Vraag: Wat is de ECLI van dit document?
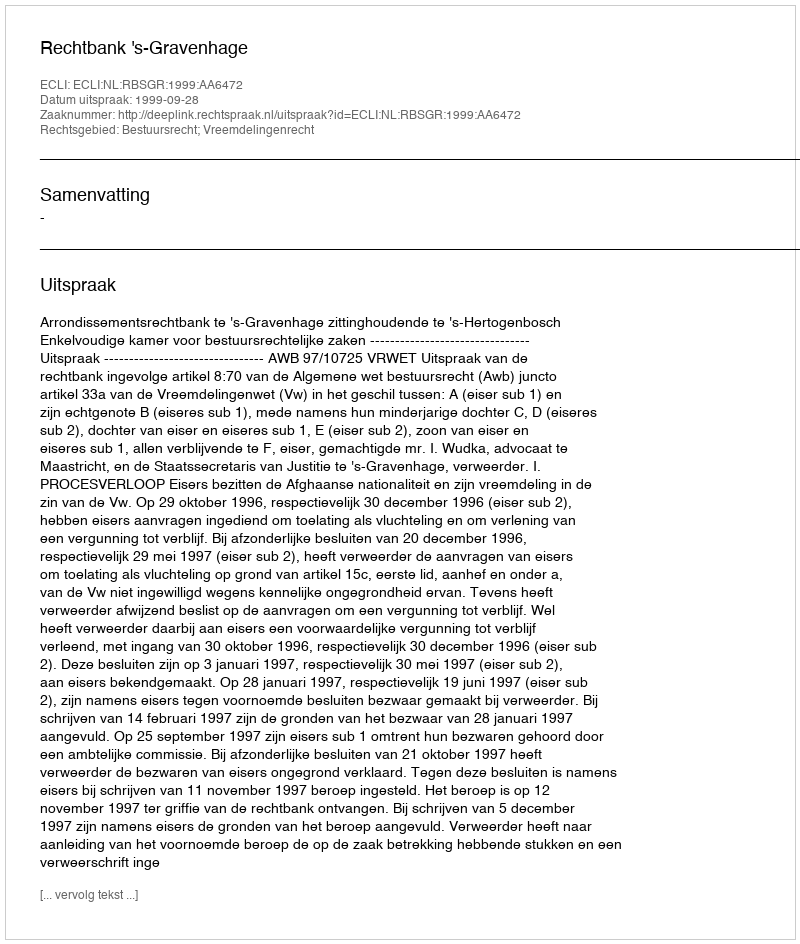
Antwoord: ECLI:NL:RBSGR:1999:AA6472